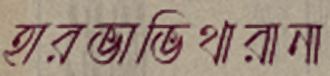
হারভাভিথারানা